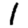
Digit: 1